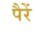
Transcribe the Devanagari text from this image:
पैरें